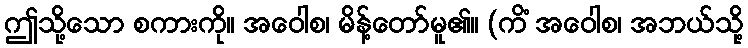
ဤသို့သော စကားကို။ အဝေါစ၊ မိန့်တော်မူ၏။ (ကိံ အဝေါစ၊ အဘယ်သို့